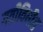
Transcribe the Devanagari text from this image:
गतीविधीत